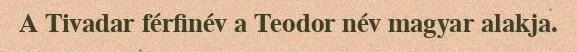
A Tivadar férfinév a Teodor név magyar alakja.